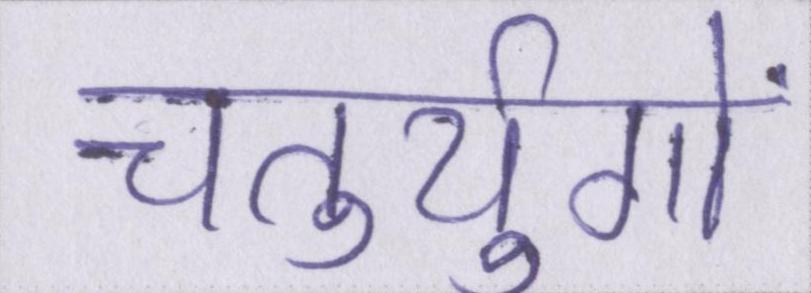
चतुर्युगों